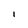
Character: I